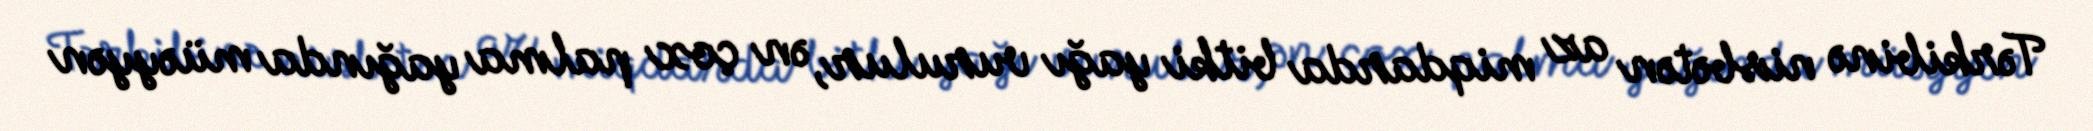
Tərkibinə nisbətən az miqdarda bitki yağı vurulur, ən çox palma yağında müəyyən